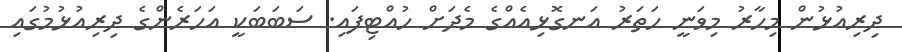
ދިރިއުޅުން މިހާރު މިވަނީ ހަތަރު އަނގޮޅިއެއްގެ މެދަށް ހުއްޓިފައި. ސަބަބަކީ އަހަރެންގެ ދިރިއުޅުމުގައި